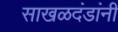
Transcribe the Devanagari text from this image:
साखळदंडांनी